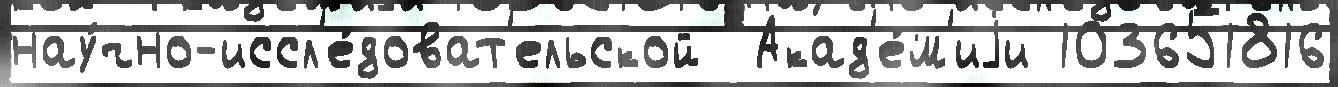
нау́чно-иссл'е́доват'ельской  Акад'е́м'иjи 103651816